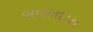
બબલદાસ